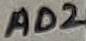
Text: AD2